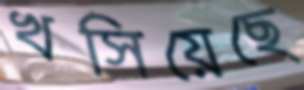
খসিয়েছে